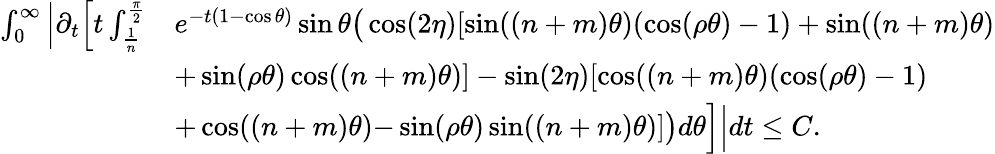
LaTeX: \begin{array}{rl}{\int_{0}^{\infty}\Big|\partial_{t}\Big[t\int_{\frac{1}{n}}^{\frac{\pi}{2}}}&{e^{-t(1-\cos\theta)}\sin\theta\big(\cos(2\eta)[\sin((n+m)\theta)(\cos(\rho\theta)-1)+\sin((n+m)\theta)}\\ &{+\sin(\rho\theta)\cos((n+m)\theta)]-\sin(2\eta)[\cos((n+m)\theta)(\cos(\rho\theta)-1)}\\ &{+\cos((n+m)\theta){-}\sin(\rho\theta)\sin((n+m)\theta)]\big)d\theta\Big]\Big|dt\le C.}\end{array}